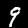
Label: 9